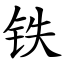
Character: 铁